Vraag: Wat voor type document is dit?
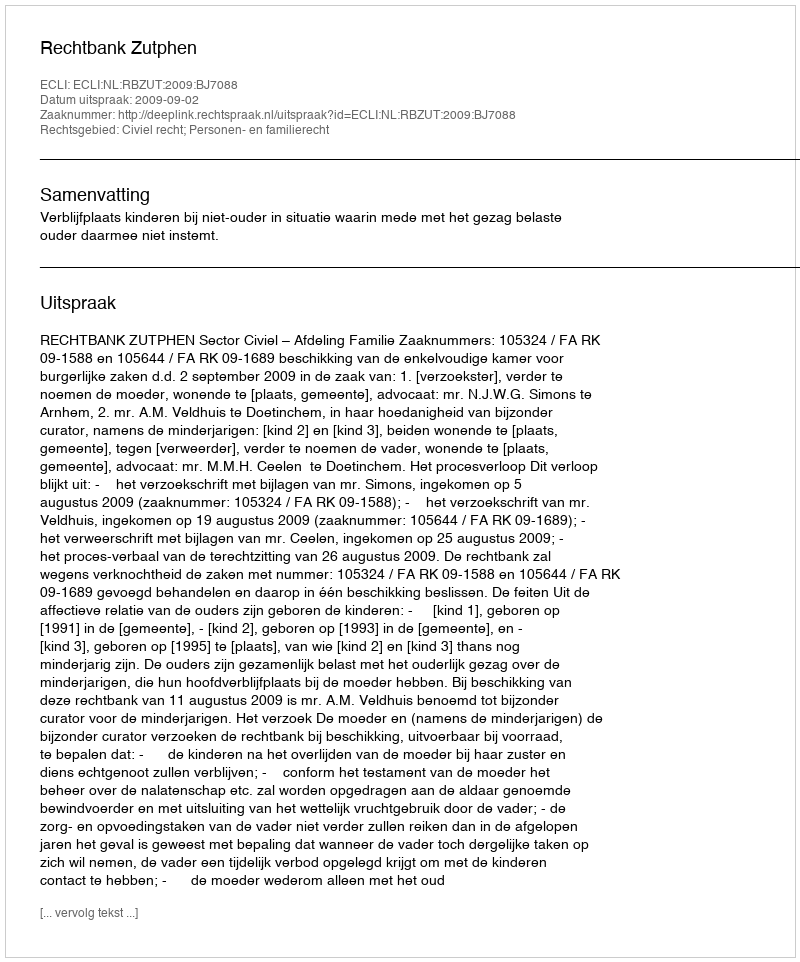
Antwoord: Uitspraak